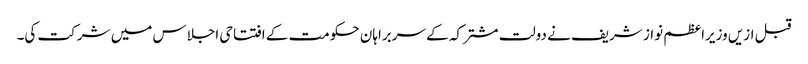
قبل ازیں وزیراعظم نواز شریف نے دولت مشترکہ کے سربراہان حکومت کے افتتاحی اجلاس میں شرکت کی۔